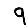
Digit: 9